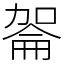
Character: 嗧